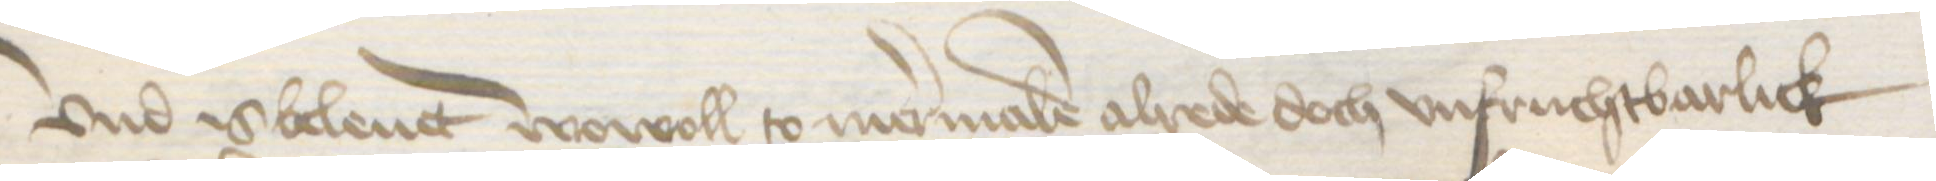
Vnd is beleut wowoll to mermalen alrede doch unfruchtbarlick